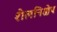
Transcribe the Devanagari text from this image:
शैलनिक्षेप